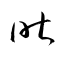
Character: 咋